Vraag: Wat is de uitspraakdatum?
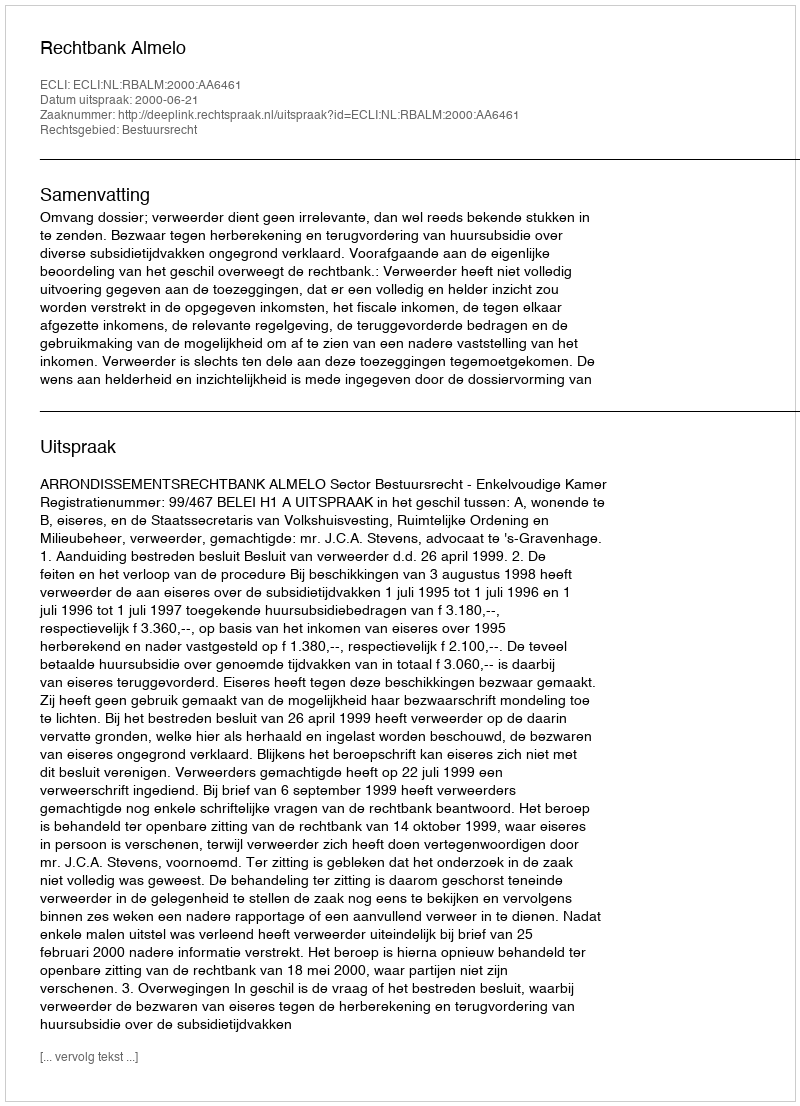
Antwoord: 2000-06-21